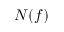
N ( f )